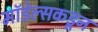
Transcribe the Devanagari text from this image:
मॉडेल्सकडून